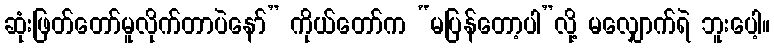
ဆုံးဖြတ်တော်မူလိုက်တာပဲနော်” ကိုယ်တော်က “မပြန်တော့ပါ”လို့ မလျှောက်ရဲ ဘူးပေါ့။